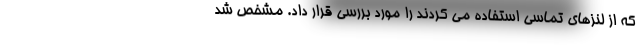
که از لنزهای تماسی استفاده می کردند را مورد بررسی قرار داد. مشخص شد